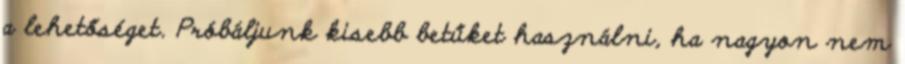
a lehetőséget. Próbáljunk kisebb betűket használni, ha nagyon nem